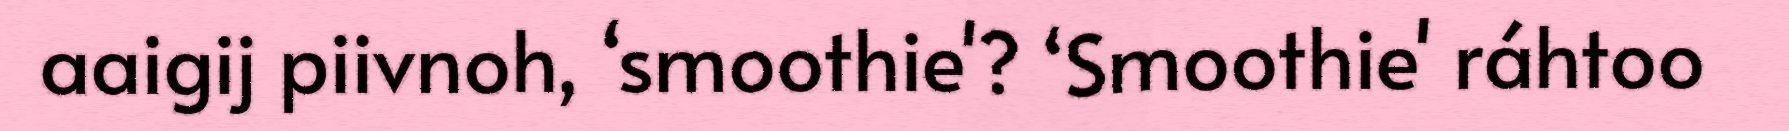
aaigij piivnoh, ‘smoothie'? ‘Smoothie' ráhtoo